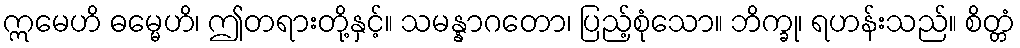
ဣမေဟိ ဓမ္မေဟိ၊ ဤတရားတို့နှင့်။ သမန္နာဂတော၊ ပြည့်စုံသော။ ဘိက္ခု၊ ရဟန်းသည်။ စိတ္တံ